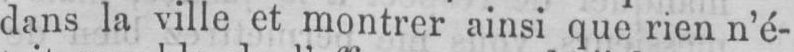
dans la ville et montrer ainsi que rien n’é-